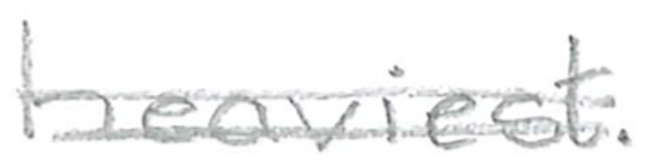
Text: heaviest.
Cross-out: double-line
Writing tool: pencil